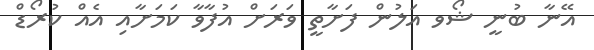
އޭނާ ބުނީ ޝޯވ އަލުން ފަށާތީ ވަރަށް އުފާވާ ކަމަށާއި އެއް ކުރޯޑް